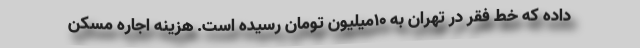
داده که خط فقر در تهران به 10میلیون تومان رسیده است. هزینه اجاره مسکن